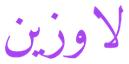
لاوزين